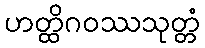
ဟတ္ထိဂဝဿသုတ္တံ